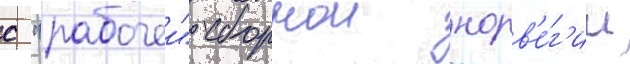
с "рабочеи" сборнои норв'е́г'ии